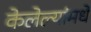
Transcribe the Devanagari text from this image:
केलेल्यांमधे